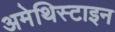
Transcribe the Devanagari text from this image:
अमेथिस्टाइन